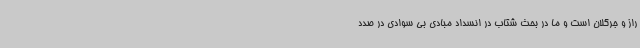
راز و جرگلان است و ما در بحث شتاب در انسداد مبادی بی سوادی در صدد